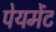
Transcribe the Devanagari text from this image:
पेयमेंट